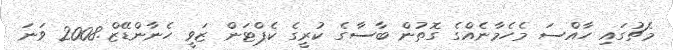
މެޗުގައި ހާއްސަ މެހެމާނެއްގެ ގޮތުން ބާސާގެ ކުރީގެ ކެޕްޓަން ޒަވީ ހެނާންޑޭޒް.2008 ވަނަ